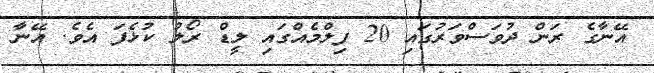
އޭނާގެ ރަން ދުވަސްވަރުގައި 20 ފިލްމެއްގައި ލީޑް ރޯލު ކުޅެފަ އެވެ. އޭނާ